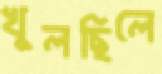
খুলছিলে